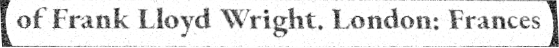
of Frank Lloyd Wright. London: Frances